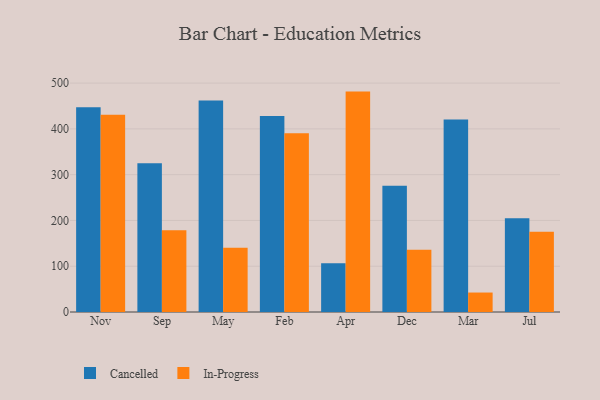
{"axis": {"x": "Month", "y": "Churn Rate (%)"}, "legend": ["Cancelled", "In-Progress"], "data": [{"x": "Nov", "y": 447.4, "type": "Cancelled"}, {"x": "Nov", "y": 431.0, "type": "In-Progress"}, {"x": "Sep", "y": 324.9, "type": "Cancelled"}, {"x": "Sep", "y": 178.6, "type": "In-Progress"}, {"x": "May", "y": 462.1, "type": "Cancelled"}, {"x": "May", "y": 140.3, "type": "In-Progress"}, {"x": "Feb", "y": 427.9, "type": "Cancelled"}, {"x": "Feb", "y": 390.7, "type": "In-Progress"}, {"x": "Apr", "y": 106.5, "type": "Cancelled"}, {"x": "Apr", "y": 481.4, "type": "In-Progress"}, {"x": "Dec", "y": 275.5, "type": "Cancelled"}, {"x": "Dec", "y": 136.0, "type": "In-Progress"}, {"x": "Mar", "y": 420.7, "type": "Cancelled"}, {"x": "Mar", "y": 42.5, "type": "In-Progress"}, {"x": "Jul", "y": 204.8, "type": "Cancelled"}, {"x": "Jul", "y": 175.3, "type": "In-Progress"}]}